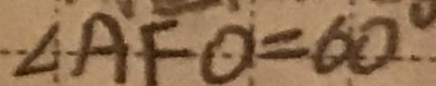
\angle A F O = 6 0 ^ { \circ }